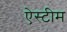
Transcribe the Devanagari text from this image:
ऐस्टीम